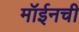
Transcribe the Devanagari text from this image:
मॉईनची